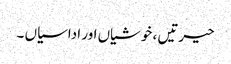
حیرتیں ، خوشیاں اور اداسیاں ۔